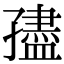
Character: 孻